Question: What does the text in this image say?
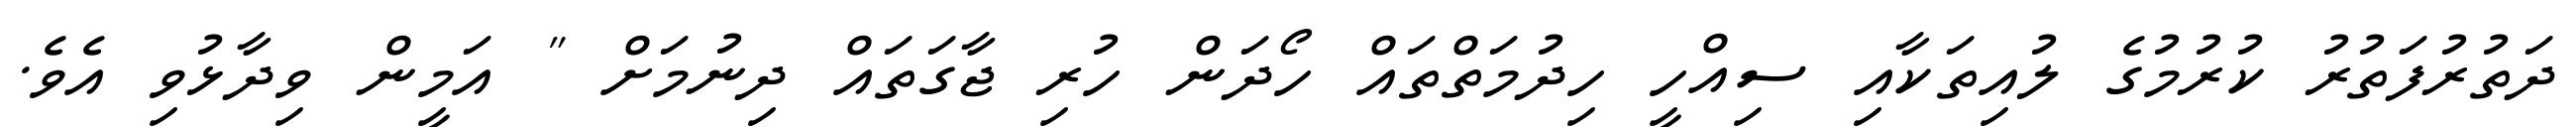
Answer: ދަތުރުފަތުރު ކުރުމުގެ ލުއިތަކާއި ސިއްހީ ހިދުމަތްތައް ހޯދަން ހުރި ޖާގަތައް ދިނުމަށް " އަމީން ވިދާޅުވި އެވެ.